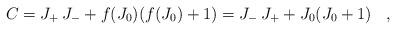
LaTeX: \begin{align*}C = J_{+} \, J_{-} + f(J_{0}) (f(J_{0}) + 1) = J_{-} \, J_{+} + J_{0} (J_0 + 1) \;\;\; , \end{align*}